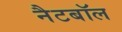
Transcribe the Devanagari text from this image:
नैटबॉल